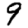
Digit: 9